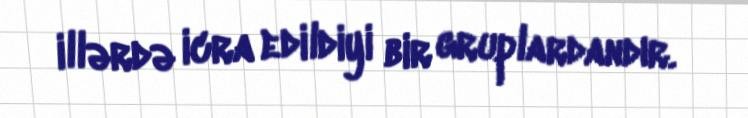
illərdə icra edildiyi bir gruplardandır.